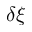
\delta \xi